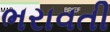
ભરાવતી